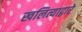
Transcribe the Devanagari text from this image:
खलित्याद्वारे